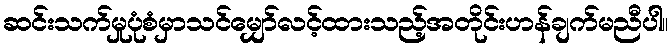
ဆင်းသက်မှုပုံစံမှာသင်မျှော်လင့်ထားသည့်အတိုင်းဟန်ချက်မညီပါ။